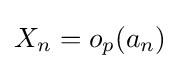
X_{n}=o_{p}(a_{n})